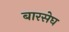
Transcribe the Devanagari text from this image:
बारसेघ